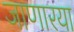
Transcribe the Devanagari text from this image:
जाणारया